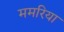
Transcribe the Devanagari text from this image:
ममरिया